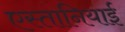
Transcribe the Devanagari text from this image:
एस्तानियाई